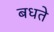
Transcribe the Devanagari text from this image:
बधते